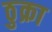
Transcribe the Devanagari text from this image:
ठुक्रा